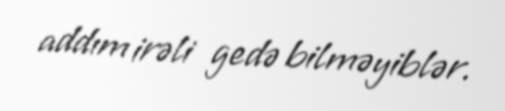
addım irəli gedə bilməyiblər.